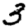
Digit: 3